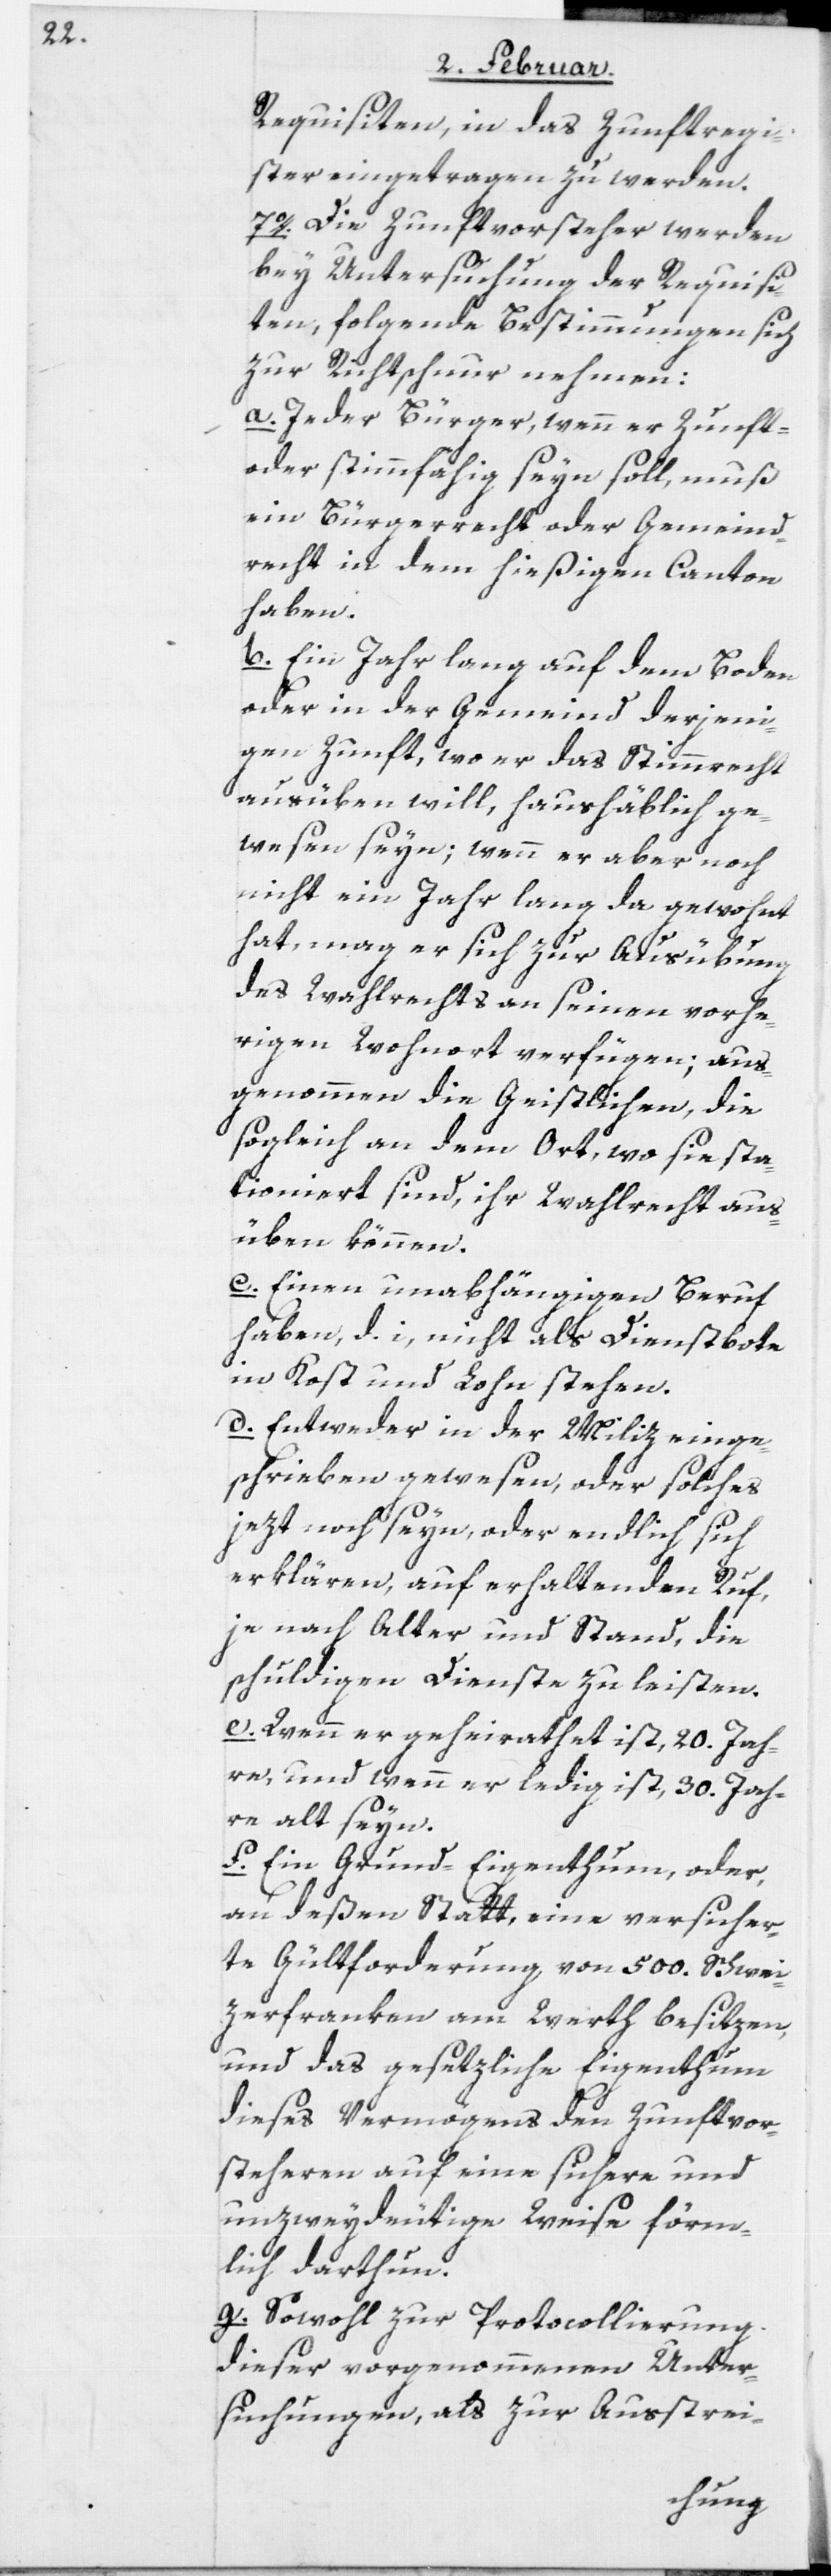
Requisiten, in das Zunftregi¬
ster eingetragen zu werden.
7o. Die Zunftvorsteher werden
bey Untersuchung der Requisi¬
ten, folgende Bestimmungen sich
zur Richtschnur nehmen:
a. Jeder Bürger, wenn er Zunft-
oder stimmfähig seyn soll, muß
ein Bürgerrecht oder Gemeind¬
recht in dem hießigen Canton
haben.
b. Ein Jahr lang auf dem Boden
oder in der Gemeind derjeni¬
gen Zunft, wo er das Stimmrecht
ausüben will, haushäblich ge¬
wesen seyn; wenn er aber noch
nicht ein Jahr lang da gewohnt
hat, mag er sich zur Ausübung
des Wahlrechts an seinen vorhe¬
rigen Wohnort verfügen; aus¬
genommen die Geistlichen, die
sogleich an dem Ort, wo sie sta¬
tioniert sind, ihr Wahlrecht aus¬
üben können.
c. Einen unabhängigen Beruf
haben, d. i, nicht als Dienstbote
in Kost und Lohn stehen.
d. Entweder in der Miliz einge¬
schrieben gewesen, oder solches
jezt noch seyn, oder endlich sich
erklären, auf erhaltenden Ruf,
je nach Alter und Stand, die
schuldigen Dienste zu leisten.
e. Wenn er geheirathet ist, 20. Jah¬
re, und wenn er ledig ist, 30. Jah¬
re alt seyn.
f. Ein Grund-Eigenthum, oder,
an deßen Statt, eine versicher¬
te Gültforderung, von 500. Schwei¬
zerfranken am Werth besitzen,
und das gesetzliche Eigenthum
dieses Vermögens den Zunftvor¬
steheren auf eine sichere und
unzweydeutige Weise förm¬
lich darthun.
g. Sowohl zur Protocollierung
dieser vorgenommenen Unter¬
suchungen, als zur Ausstrei-